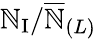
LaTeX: \mathbb{N}_{\mathrm{{I}}}/\overline{{{\mathbb{N}}}}_{(L)}